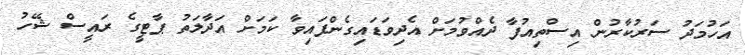
އަހުމަދު ސަރުކާރުން އިސްތިއުފާ ދެއްވުމަށް އެދިވަޑައިގެންފައިވާ ކަމަށް އަދާލަތު ޕާޓީގެ ރައީސް ޝޭހު